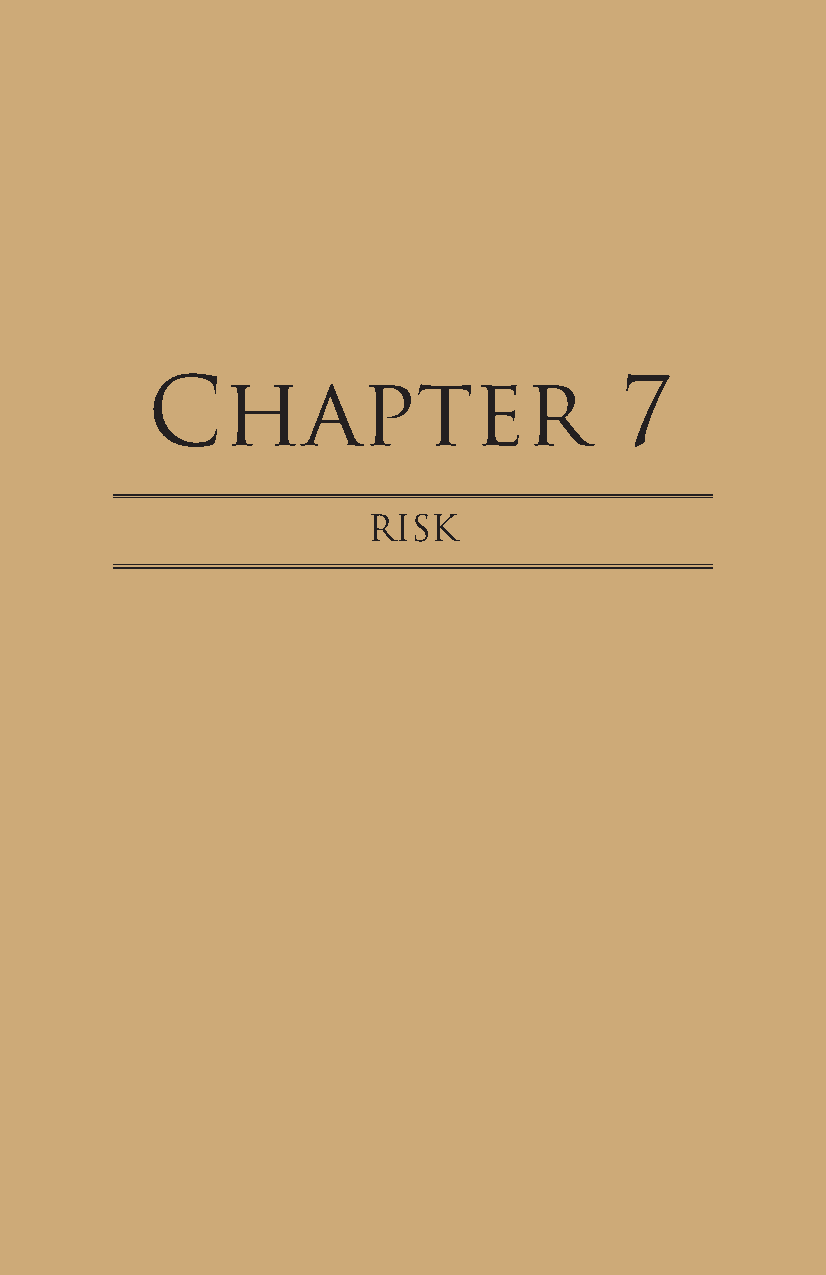
Chapter                        7
 RisK